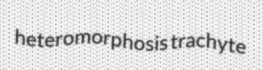
heteromorphosis trachyte